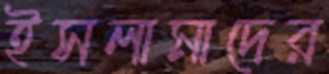
ইসলামাদের